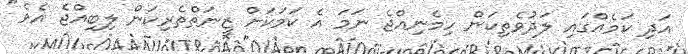
އަދި ކަމެއްގައި ލަދުވެތިކަން ހިމެނިއްޖެ ނަމަ އެ ކަމަކަށް ޒީނަތްތެރިކަން ލިބިއްޖެ އެވެ"